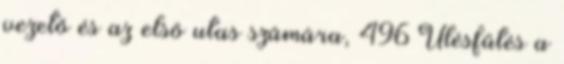
vezető és az első utas számára, 496 Ülésfűtés a